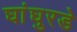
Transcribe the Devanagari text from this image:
घांघुरडे